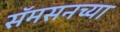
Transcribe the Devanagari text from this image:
सॅमसनच्या